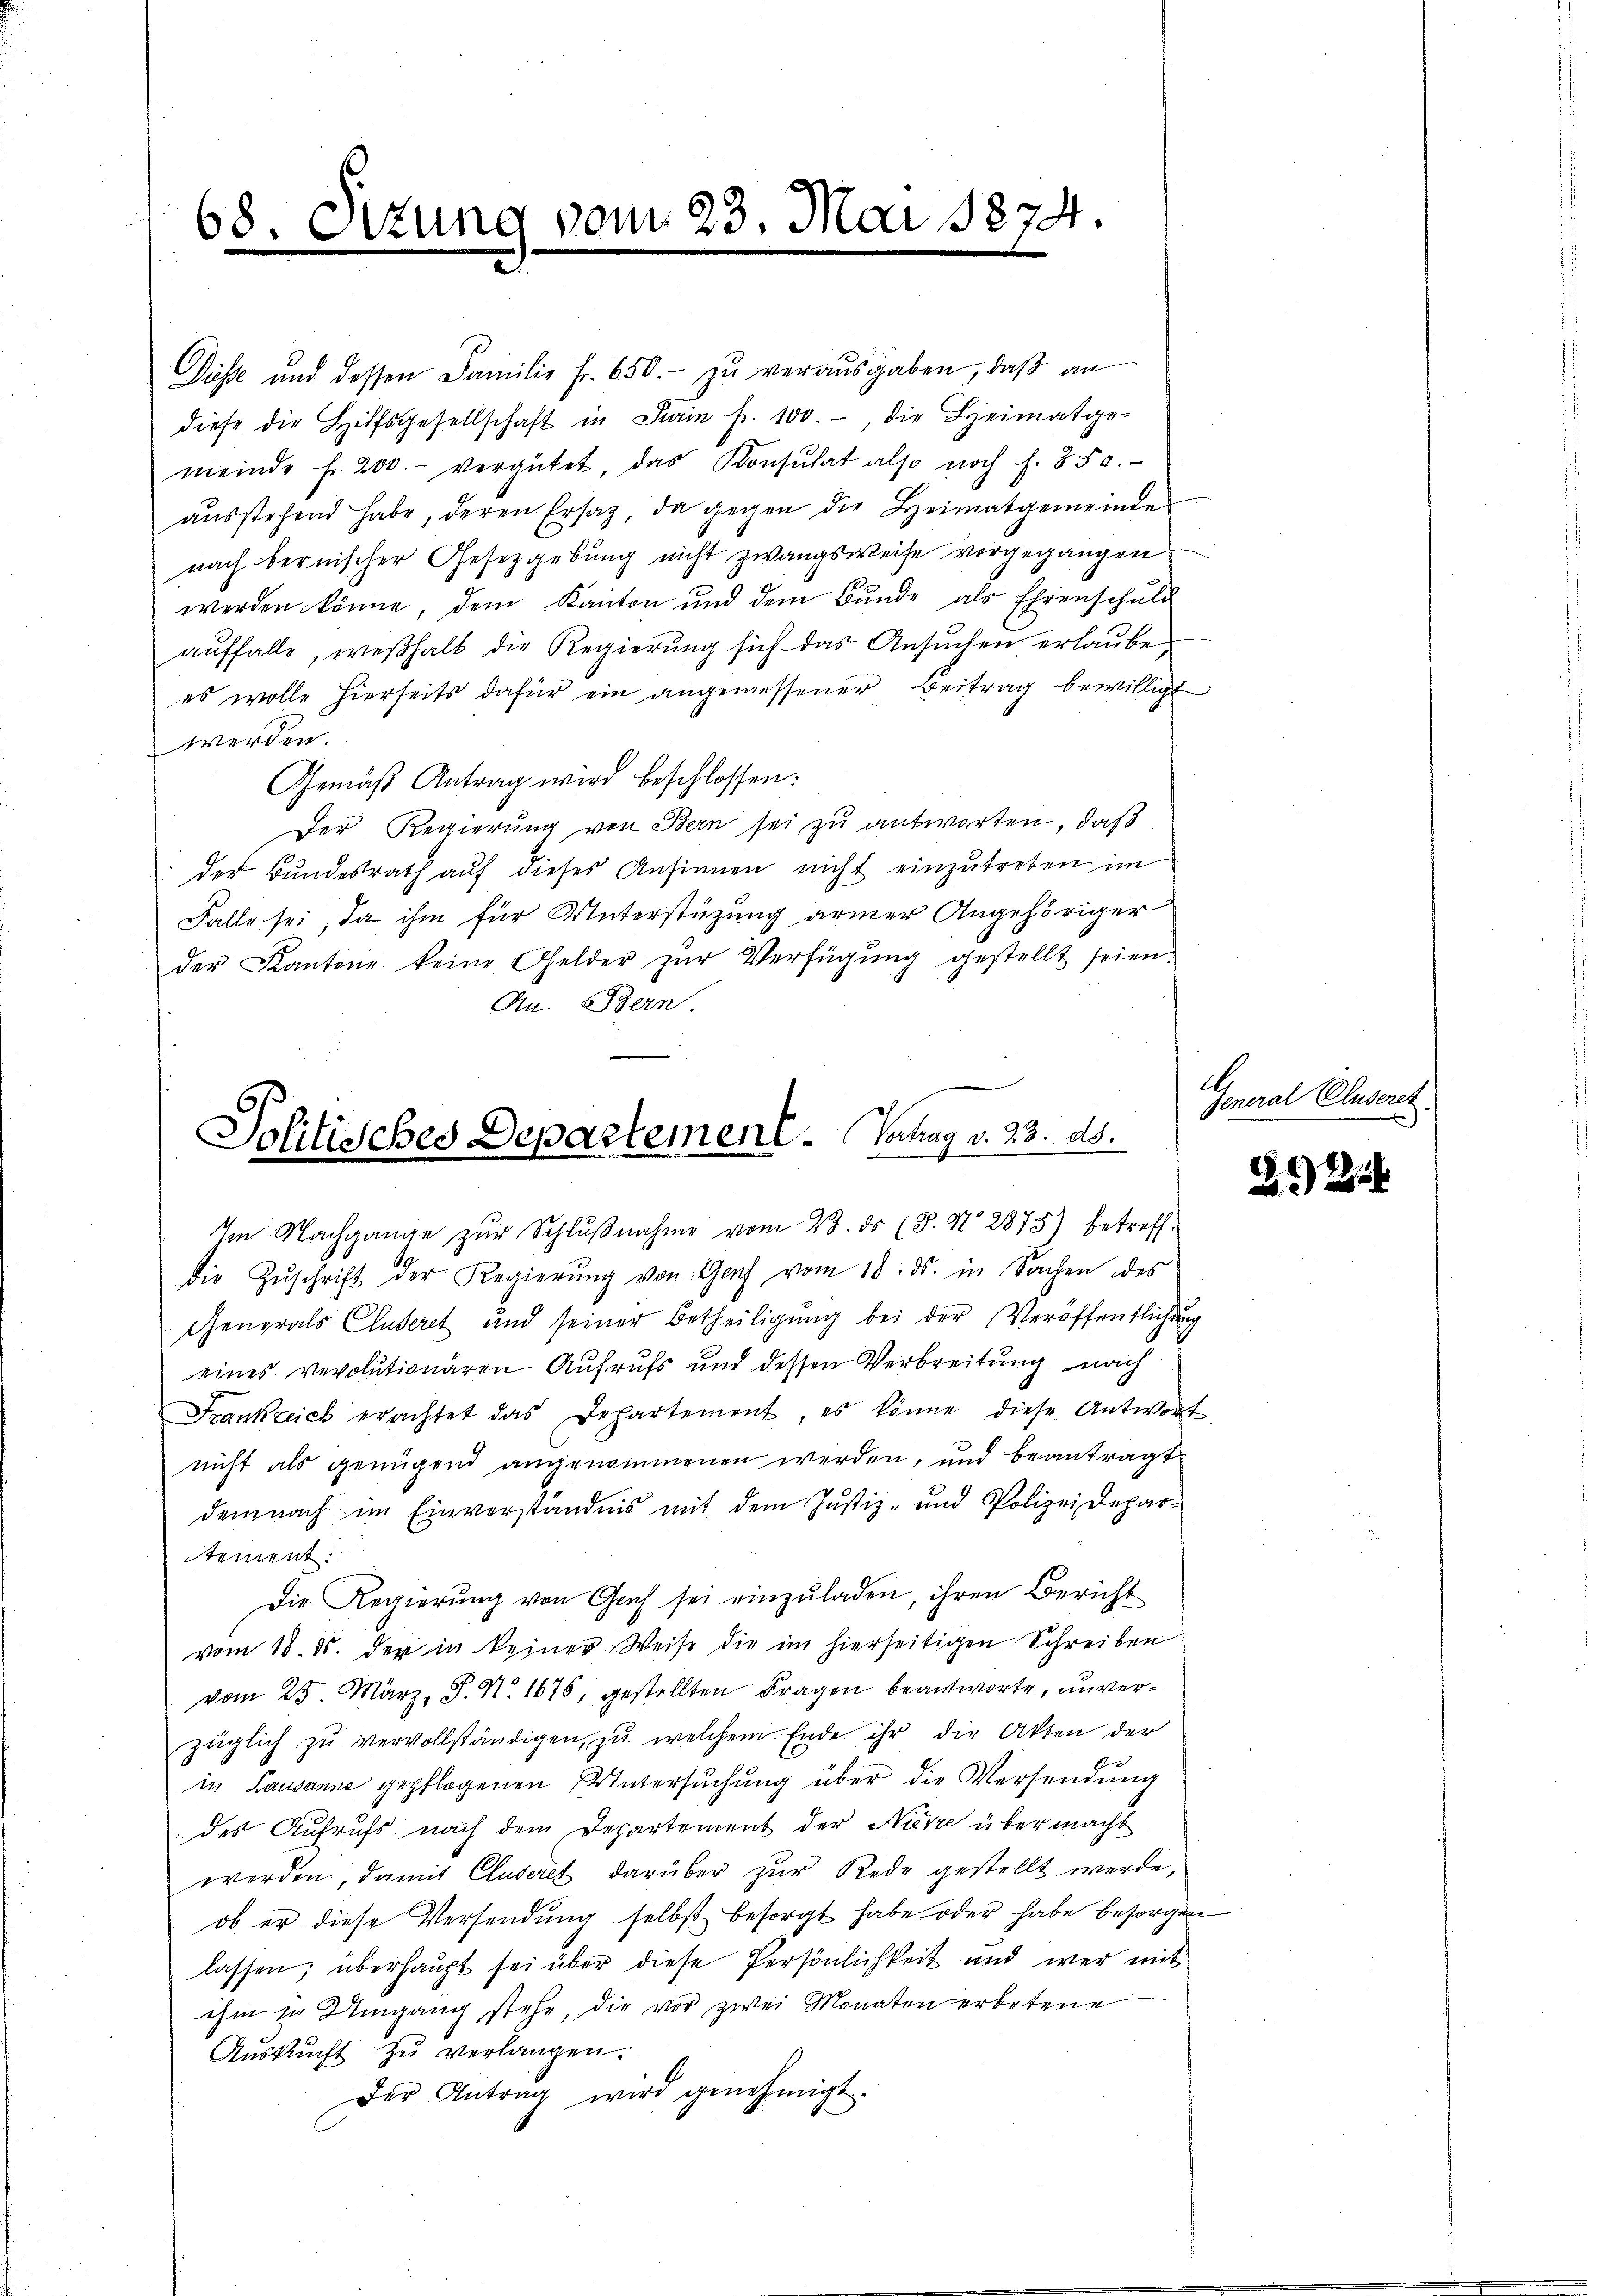
68. Sitzung vom 23. Mai 1874.

Disse und dessen Familie fr. 650.- zŭ veraŭsgaben, daβ an
diese die Hilfsgesellschaft in Sam p. 100. die Heimatge-
meinde f. 200. vergütet, das Konsulat also noch f. 850.
aŭsstehend habe, deren Ersatz, da gegen die Heimatgemeinde
nach bernischer Gesetzgebung nicht zwangsweise vorgegangen
werden könne, dem Kanton und dem Bŭnde als Ehrenschuld
auffalls, weßhalb die Regierung sich das Ansuchen erlaube
es wolle hierseits dafür ein angemessener Beitrag bewilligt
werden.
Gemäß Antrag wird beschlossen:
Der Regierung von Bern sei zu antworten, daß
der Bundesrath auf dieses Ansinnen nicht einzutreten im
Falle sei, da ihm für Unterstüzung armer Angehöriger
der Kantone keine Gelder zŭr Verfügung gestellt seien.
An. Bern.
die Zŭschrift der Regierŭng von Genf vom 18. ds. in Sachen des
Generals Cluseret und seiner Betheiligŭng bei der Veröffentlichung
eines revolutionären Aufrufs und dessen Verbreitung nach
Frankreich erachtet das Departement, es könne, diese Antwor
nicht als genügend angenommenen werden, und beantragt
demnach im Einverständnis mit dem Justiz- und Polizei Departement:
Die Regierŭng von Graf sei einzŭladen, ihren Bericht
vom 18. ds. der in keiner Weise die im hierseitigen Schreiben
vom 25. März. J. N. 1676, gestellten Fragen beantworte, unverzüglich zŭ vervollständigen, zu welchem Ende ihr die Akten der
in Lausanne gepflogenen Untersŭchŭng über die Versendung
des Aufrufs nach dem Departement der Nietze übermacht
werden, damit Cluseret darüber zur Rede gestellt werde,
ob er diese Versendung selbst besorgt habe oder habe besorge
lassen; überhaupt sei über diese Persönlichkeit und wer mit
ihm zu Umgang stehe, die vor zwei Monaten erbetene
Aŭskŭnft zu verlangen.
Der Antrag wird genehmigt.

Politisches Departement. Vertrag v. 23. ds.
Im Nachgange zŭr Schlŭβnahme vom 23. ds (8. No 2875) betreff-

A

General Cluseret

t
g

G 62